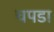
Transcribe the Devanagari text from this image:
चपडा